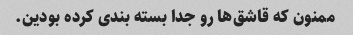
ممنون که قاشق‌ها رو جدا بسته بندی کرده بودین.